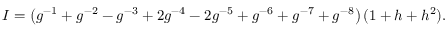
I = \left( g ^ { - 1 } + g ^ { - 2 } - g ^ { - 3 } + 2 g ^ { - 4 } - 2 g ^ { - 5 } + g ^ { - 6 } + g ^ { - 7 } + g ^ { - 8 } \right) ( 1 + h + h ^ { 2 } ) .